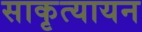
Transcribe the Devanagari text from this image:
साकृत्यायन